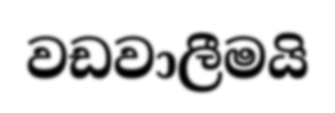
වඩවාලීමයි